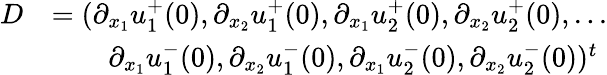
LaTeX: \begin{array}{rl}{D}&{=(\partial_{x_{1}}u_{1}^{+}(0),\partial_{x_{2}}u_{1}^{+}(0),\partial_{x_{1}}u_{2}^{+}(0),\partial_{x_{2}}u_{2}^{+}(0),...}\\ &{\qquad\partial_{x_{1}}u_{1}^{-}(0),\partial_{x_{2}}u_{1}^{-}(0),\partial_{x_{1}}u_{2}^{-}(0),\partial_{x_{2}}u_{2}^{-}(0))^{t}}\end{array}